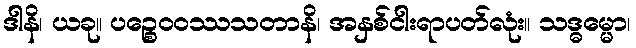
ဒါနိ၊ ယခု။ ပဉ္စေဝဝဿသတာနိ၊ အနှစ်ငါးရာပတ်လုံး။ သဒ္ဓမ္မော၊